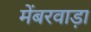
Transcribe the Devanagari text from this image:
मेंबरवाड़ा